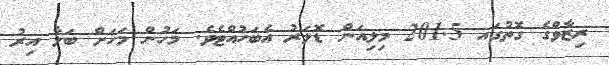
ރިޒާވްގެ ގޮތުގައ 201.5 މިލިއަން ޑޮލަރު އެބަހުއްޓެވެ. މަހުން މަހަށް ބަލާ އިރު